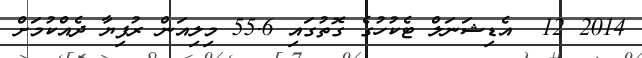
2014 12  އެޑިޝަނަލް ޓެކުހުގެ ގޮތުގައި 55.6 މިލިއަން ރުފިޔާ ދެއްކުމަށް